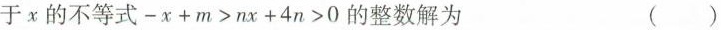
于x的不等式$$-x+m>nx+4n>0$$的整数解为 ()